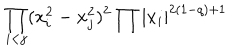
\displaystyle { \prod _ { i < j } ( x _ { i } ^ { 2 } - x _ { j } ^ { 2 } ) ^ { 2 } \prod | x _ { i } | ^ { 2 ( 1 - q ) + 1 } }